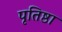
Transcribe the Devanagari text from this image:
पृतिष्ठा